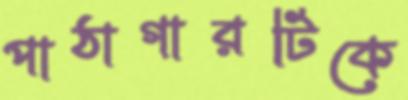
পাঠাগারটিকে